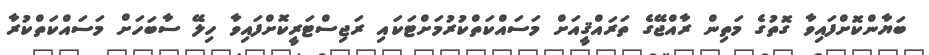
ބަޔާންކޮށްފައިވާ ގޮތުގެ މަތިން ރާއްޖޭގެ ތަރައްޤީއަށް މަސައްކަތްކުރުމަށްޓަކައި ރަޖިސްޓަރީކޮށްފައިވާ ހިލޭ ސާބަހަށް މަސައްކަތްކުރާ